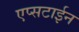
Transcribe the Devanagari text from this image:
एप्सटाईन